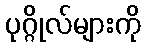
ပုဂ္ဂိုလ်များကို